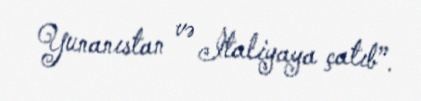
Yunanıstan və İtaliyaya çatıb”.